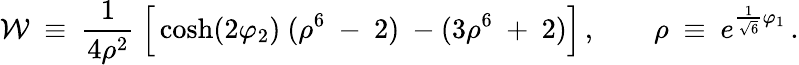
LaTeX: {\cal W}~\equiv~{\frac{1}{4\rho^{2}}}~\Big[\cosh(2\varphi_{2})~(\rho^{6}~-~2)~-(3\rho^{6}~+~2)\Big]\, ,\qquad\rho~\equiv~e^{{\frac{1}{\sqrt{6}}}\varphi_{1}}\, .